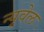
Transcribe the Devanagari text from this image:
न्यूवेल